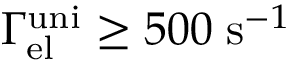
\Gamma _ { \mathrm { e l } } ^ { \mathrm { u n i } } \ge 5 0 0 \; \mathrm { s } ^ { - 1 }